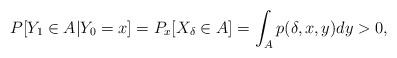
LaTeX: \begin{align*}P[Y_1 \in A|Y_0 =x]=P_x[X_{\delta}\in A]=\int_{A}p(\delta,x,y)dy>0,\end{align*}